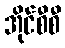
အိုင်စီစီ